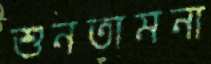
শুনতামনা